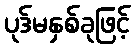
ပုဒ်မနှစ်ခုဖြင့်